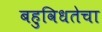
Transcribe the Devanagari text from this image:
बहुविधतेचा